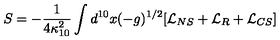
S = - \frac { 1 } { 4 \kappa _ { 1 0 } ^ { 2 } } \int d ^ { 1 0 } x ( - g ) ^ { 1 / 2 } [ \mathcal { L } _ { N S } + \mathcal { L } _ { R } + \mathcal { L } _ { C S } ]